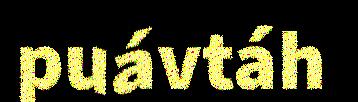
puávtáh